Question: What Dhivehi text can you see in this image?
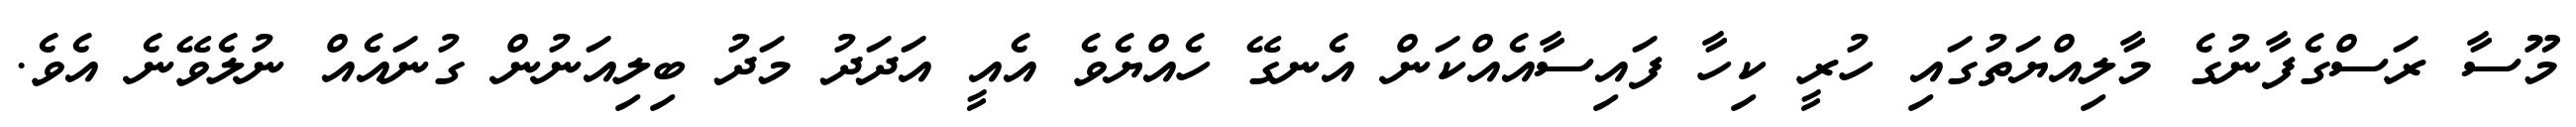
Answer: މޫސާ ރަސްގެފާނުގެ މާލިއްޔަތުގައި ހުރީ ކިހާ ފައިސާއެއްކަން އެނގޭ ހެއްޔެވެ އެއީ އަދަދު މަދު ބިލިއަނުން ގުނައެއް ނުލެވޭނެ އެވެ.